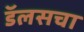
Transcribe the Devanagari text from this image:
डॅलसचा